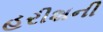
હરીશની